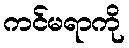
ကင်မရာကို